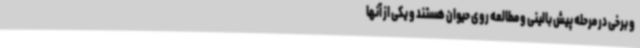
و برخی در مرحله پیش بالینی و مطالعه روی حیوان هستند و یکی از آنها